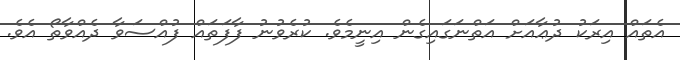
އެތައް އިރަކު ދުޢާއަށް އަތްނަގައިގެން އިނީމެވެ. ކުރެވުނު ފާފަތައް ފުއްސަވާ ދެއްވާތޯ އެވެ.